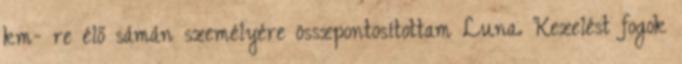
km- re élő sámán személyére összpontosítottam Luna. Kezelést fogok